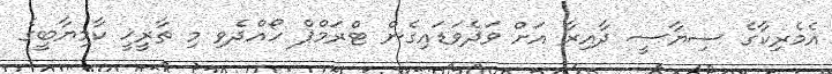
އެމެރިކާގެ ސިޔާސީ ދާއިރާ އަށް ވަދެވަޑައިގެން ޓްރަމްޕް ހޯއްދެވި މި ތާރީޚީ ކާމިޔާބީގެ